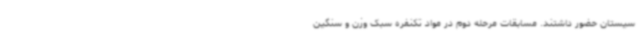
سیستان حضور داشتند. مسابقات مرحله دوم در مواد تکنفره سبک وزن و سنگین